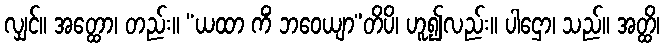
လျှင်။ အတ္ထော၊ တည်း။ “ယထာ ကိံ ဘဝေယျာ”တိပိ၊ ဟူ၍လည်း။ ပါဌော၊ သည်။ အတ္ထိ၊